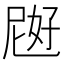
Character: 𱙜